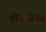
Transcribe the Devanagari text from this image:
होमओनर